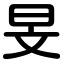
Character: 旻